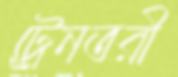
ট্রেনতরী